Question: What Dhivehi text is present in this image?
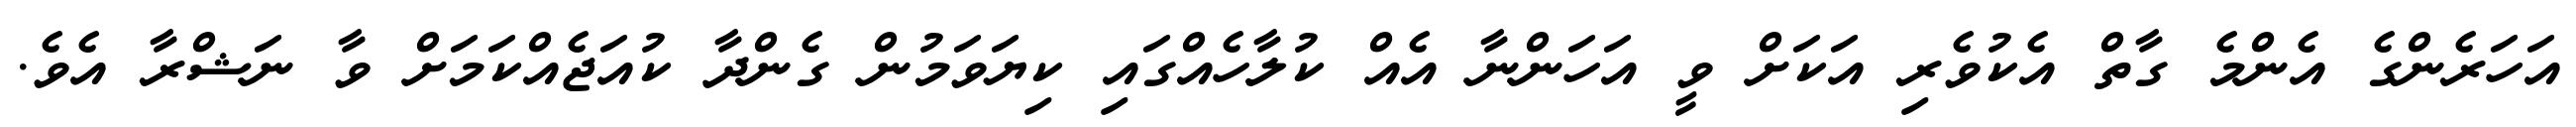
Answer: އަހަރެންގެ އެންމެ ގާތް އެކުވެރި އަކަށް ވީ އަހަންނާ އެއް ކުލާހެއްގައި ކިޔަވަމުން ގެންދާ ކުއަޖެއްކަމަށް ވާ ނަޝްރާ އެވެ.